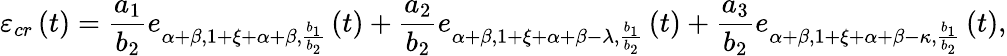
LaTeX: \varepsilon_{cr}\left(t\right)=\frac{a_{1}}{b_{2}}e_{\alpha+\beta,1+\xi+\alpha+\beta,\frac{b_{1}}{b_{2}}}\left(t\right)+\frac{a_{2}}{b_{2}}e_{\alpha+\beta,1+\xi+\alpha+\beta-\lambda,\frac{b_{1}}{b_{2}}}\left(t\right)+\frac{a_{3}}{b_{2}}e_{\alpha+\beta,1+\xi+\alpha+\beta-\kappa,\frac{b_{1}}{b_{2}}}\left(t\right),